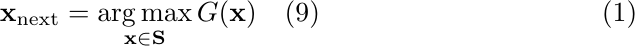
\begin{equation}
    \mathbf{x}_{\text{next}} = \underset{\mathbf{x} \in \mathbf{S}}{\arg\max} \, G(\mathbf{x}) \quad (9)
\end{equation}